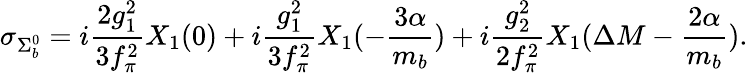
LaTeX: \sigma_{\Sigma_{b}^{0}}=i\frac{2g_{1}^{2}}{3f_{\pi}^{2}}X_{1}(0)+i\frac{g_{1}^{2}}{3f_{\pi}^{2}}X_{1}(-\frac{3\alpha}{m_{b}})+i\frac{g_{2}^{2}}{2f_{\pi}^{2}}X_{1}(\Delta M-\frac{2\alpha}{m_{b}}).